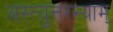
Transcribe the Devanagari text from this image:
अस्त्युत्तरस्याम्